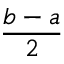
\frac { b - a } { 2 }